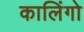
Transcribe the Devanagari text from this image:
कालिंगो